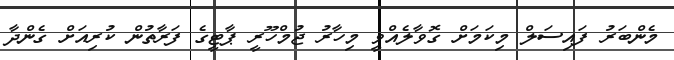
މެންބަރު ފައިސަލް މިކަމަށް ގޮވާލެއްވީ މިހާރު ޖުމްހޫރީ ޕާޓީގެ ފަރާތުން ކުރިއަށް ގެންދާ